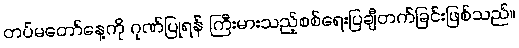
တပ်မတော်နေ့ကို ဂုဏ်ပြုရန် ကြီးမားသည့်စစ်ရေးပြချီတက်ခြင်းဖြစ်သည်။